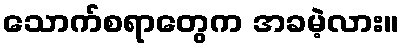
သောက်စရာတွေက အခမဲ့လား။